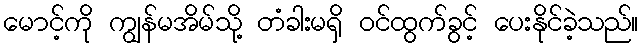
မောင့်ကို ကျွန်မအိမ်သို့ တံခါးမရှိ ဝင်ထွက်ခွင့် ပေးနိုင်ခဲ့သည်။